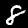
Label: 8